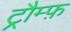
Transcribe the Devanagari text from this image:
ट्रौम्फ़